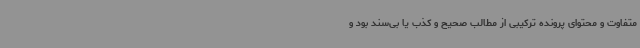
متفاوت و محتوای پرونده ترکیبی از مطالب صحیح و کذب یا بی‌سند بود و